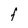
Character: F